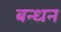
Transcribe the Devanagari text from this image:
बन्‍धन